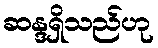
ဆန္ဒရှိသည်ဟု